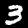
Digit: 3